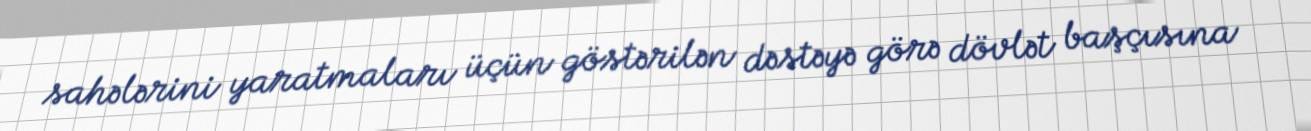
sahələrini yaratmaları üçün göstərilən dəstəyə görə dövlət başçısına